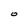
Character: O